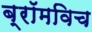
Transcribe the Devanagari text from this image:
ब्रॉमविच